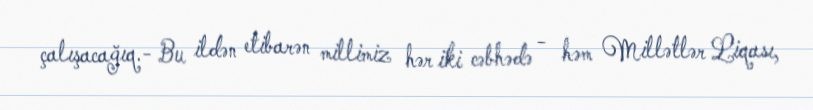
çalışacağıq.- Bu ildən etibarən millimiz hər iki cəbhədə - həm Millətlər Liqası,